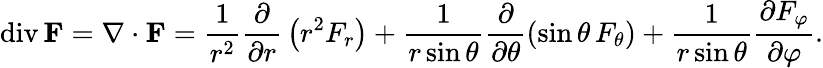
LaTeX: \operatorname{div}\mathbf{F}=\nabla\cdot\mathbf{F}={\frac{1}{r^{2}}}{\frac{\partial}{\partial r}}\left(r^{2}F_{r}\right)+{\frac{1}{r\sin\theta}}{\frac{\partial}{\partial\theta}}(\sin\theta\, F_{\theta})+{\frac{1}{r\sin\theta}}{\frac{\partial F_{\varphi}}{\partial\varphi}}.